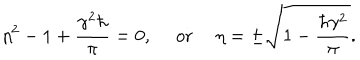
\eta ^ { 2 } - 1 + \frac { \gamma ^ { 2 } \hbar } { \pi } = 0 , ~ ~ \mathrm { o r } ~ ~ \eta = \pm \sqrt { 1 - \frac { \hbar \gamma ^ { 2 } } { \pi } } .